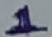
Text: 1